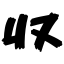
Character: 収